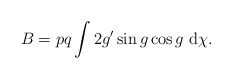
\begin{align*}B = p q \int 2 g^\prime \sin g \cos g~ {\rm d} \chi.\end{align*}